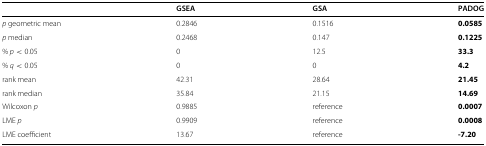
<table><thead><tr><td><b> </b></td><td><b>GSEA</b></td><td><b>GSA</b></td><td><b>PADOG</b></td></tr></thead><tbody><tr><td><i>p</i> geometric mean</td><td>0.2846</td><td>0.1516</td><td><b>0.0585</b></td></tr><tr><td><i>p</i> median</td><td>0.2468</td><td>0.147</td><td><b>0.1225</b></td></tr><tr><td>% <i>p</i>&lt;0.05</td><td>0</td><td>12.5</td><td><b>33.3</b></td></tr><tr><td>% <i>q</i>&lt;0.05</td><td>0</td><td>0</td><td><b>4.2</b></td></tr><tr><td>rank mean</td><td>42.31</td><td>28.64</td><td><b>21.45</b></td></tr><tr><td>rank median</td><td>35.84</td><td>21.15</td><td><b>14.69</b></td></tr><tr><td>Wilcoxon <i>p</i></td><td>0.9885</td><td>reference</td><td><b>0.0007</b></td></tr><tr><td>LME <i>p</i></td><td>0.9909</td><td>reference</td><td><b>0.0008</b></td></tr><tr><td>LME coefficient</td><td>13.67</td><td>reference</td><td><b>-7.20</b></td></tr></tbody></table>